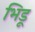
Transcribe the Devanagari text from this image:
भिडू